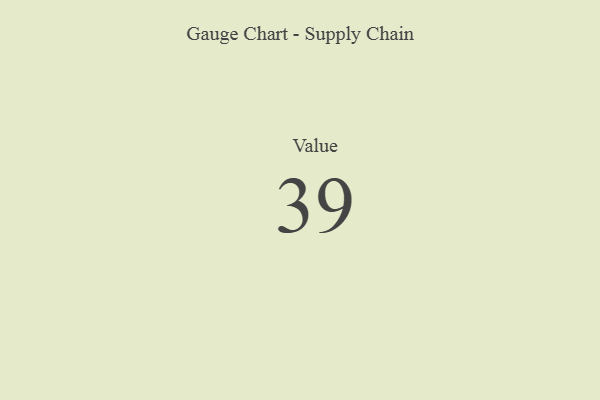
{"axis": {"x": "Metric", "y": "Value"}, "legend": [""], "data": [{"x": "Value", "y": 39, "type": ""}]}